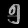
Digit: ၅